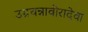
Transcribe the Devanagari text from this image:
उग्रचन्नावीरादेवा